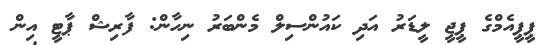
ޕީޕީއެމްގެ ޕީޖީ ލީޑަރު އަދި ކައުންސިލް މެންބަރު ނިހާން: ފާރިޝް ޕާޓީ އިން